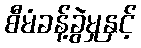
စီမံခန့်ခွဲမှုနှင့်